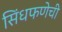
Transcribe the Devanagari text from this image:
सिंधफणेची